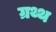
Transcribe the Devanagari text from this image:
ग्रथ्थ